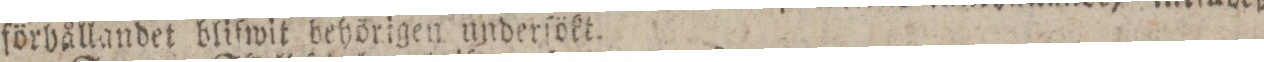
förhållandet blifwit behörigen underſökt.